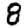
Digit: 8